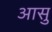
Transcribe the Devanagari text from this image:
आसु